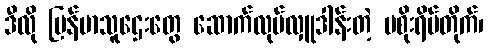
ဒီလို မြန်မာသူဌေးတွေ ဆောက်လုပ်လှူဒါန်းတဲ့ မစိုးရိမ်တိုက်၊